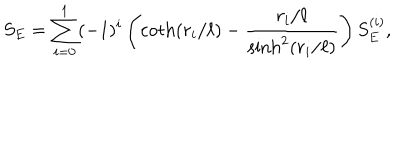
S _ { E } = \sum _ { i = 0 } ^ { 1 } ( - 1 ) ^ { i } \left( \coth ( r _ { i } / \ell ) - { \frac { r _ { i } / \ell } { \sinh ^ { 2 } ( r _ { i } / \ell ) } } \right) S _ { E } ^ { ( i ) } ,